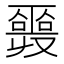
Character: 𠮎